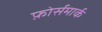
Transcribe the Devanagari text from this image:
फ़ोर्समार्क